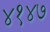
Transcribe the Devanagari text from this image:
४१४७